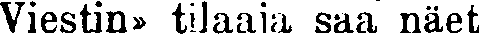
Viestin» tilaaja saa näet